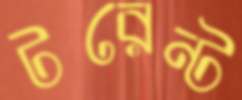
টরেন্ট